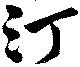
汀